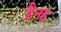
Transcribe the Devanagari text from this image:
हैनह